Senior Leaving Certificate Examination (including Day School Certificate (Higher) General paper), 1947
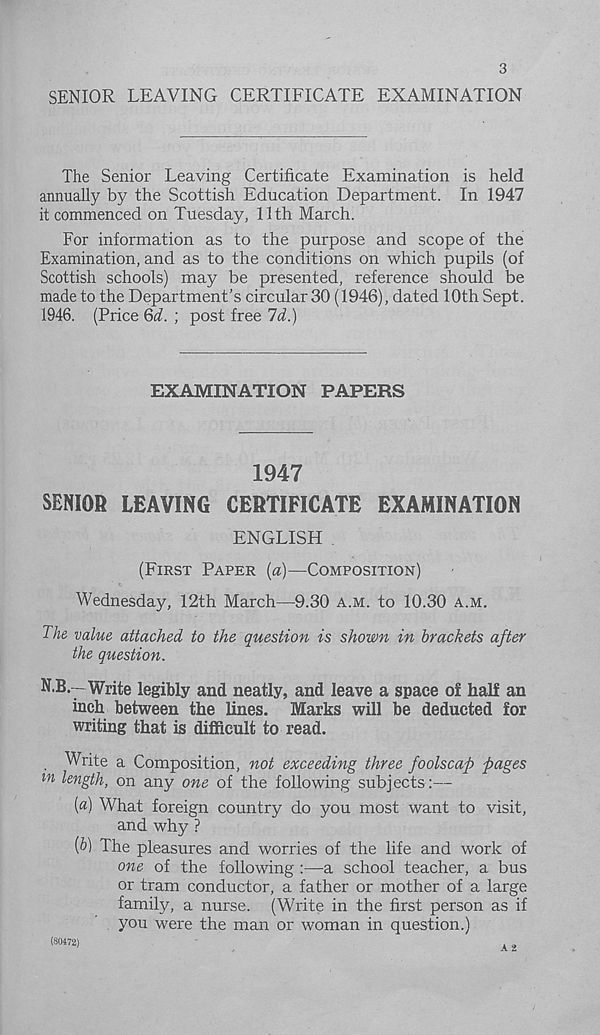
3
SENIOR LEAVING CERTIFICATE EXAMINATION
The Senior Leaving Certificate Examination is held
annually by the Scottish Education Department. In 1947
it commenced on Tuesday, 11th March.
For information as to the purpose and scope of the
Examination, and as to the conditions on which pupils (of
Scottish schools) may be presented, reference should be
made to the Department’s circular 30 (1946), dated 10th Sept.
1946. (Price Qd. ; post free Id.)
EXAMINATION PAPERS
1947
SENIOR LEAVING CERTIFICATE EXAMINATION
ENGLISH
(FIRST PAPER (a)—COMPOSITION)
Wednesday, 12th March—9.30 A.M. to 10.30 A.M.
The value attached to the question is shown in brackets after
the question.
N.B.—Write legibly and neatly, and leave a space of half an
inch between the lines. Marks will be deducted for
writing that is difficult to read.
. Write a Composition, not exceeding three foolscap pages
m length, on any one of the following subjects:—
[a] What foreign country do you most want to visit,
and why ?
[b] The pleasures and worries of the life and work of
one of the following :—a school teacher, a bus
or tram conductor, a father or mother of a large
family, a nurse. (Write in the first person as if
you were the man or woman in question.)
(80472)